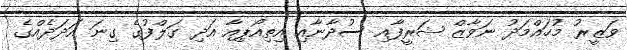
ވަޒީރު މުހައްމަދު ނަވާޒް ޝަރީފާއި ސުދާނާއި އިތިއޯޕިއާ އަދި ގަލްފުގެ ގިނަ އަދަދެއްގެ